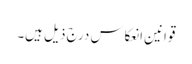
قوانینِ انعکاس درج ذیل ہیں۔